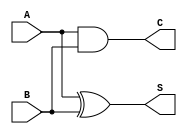
module half_adder (
    input  wire A,  // First input bit
    input  wire B,  // Second input bit
    output wire S,  // Sum output
    output wire C   // Carry output
);

// Combinational logic for Sum (S) and Carry (C)
assign S = A ^ B;  // Sum is A XOR B
assign C = A & B;  // Carry is A AND B

endmodule